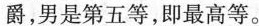
爵，男是第五等，即最高等。